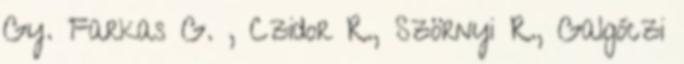
Gy. Farkas G. , Czidor R., Szörnyi R., Galgóczi